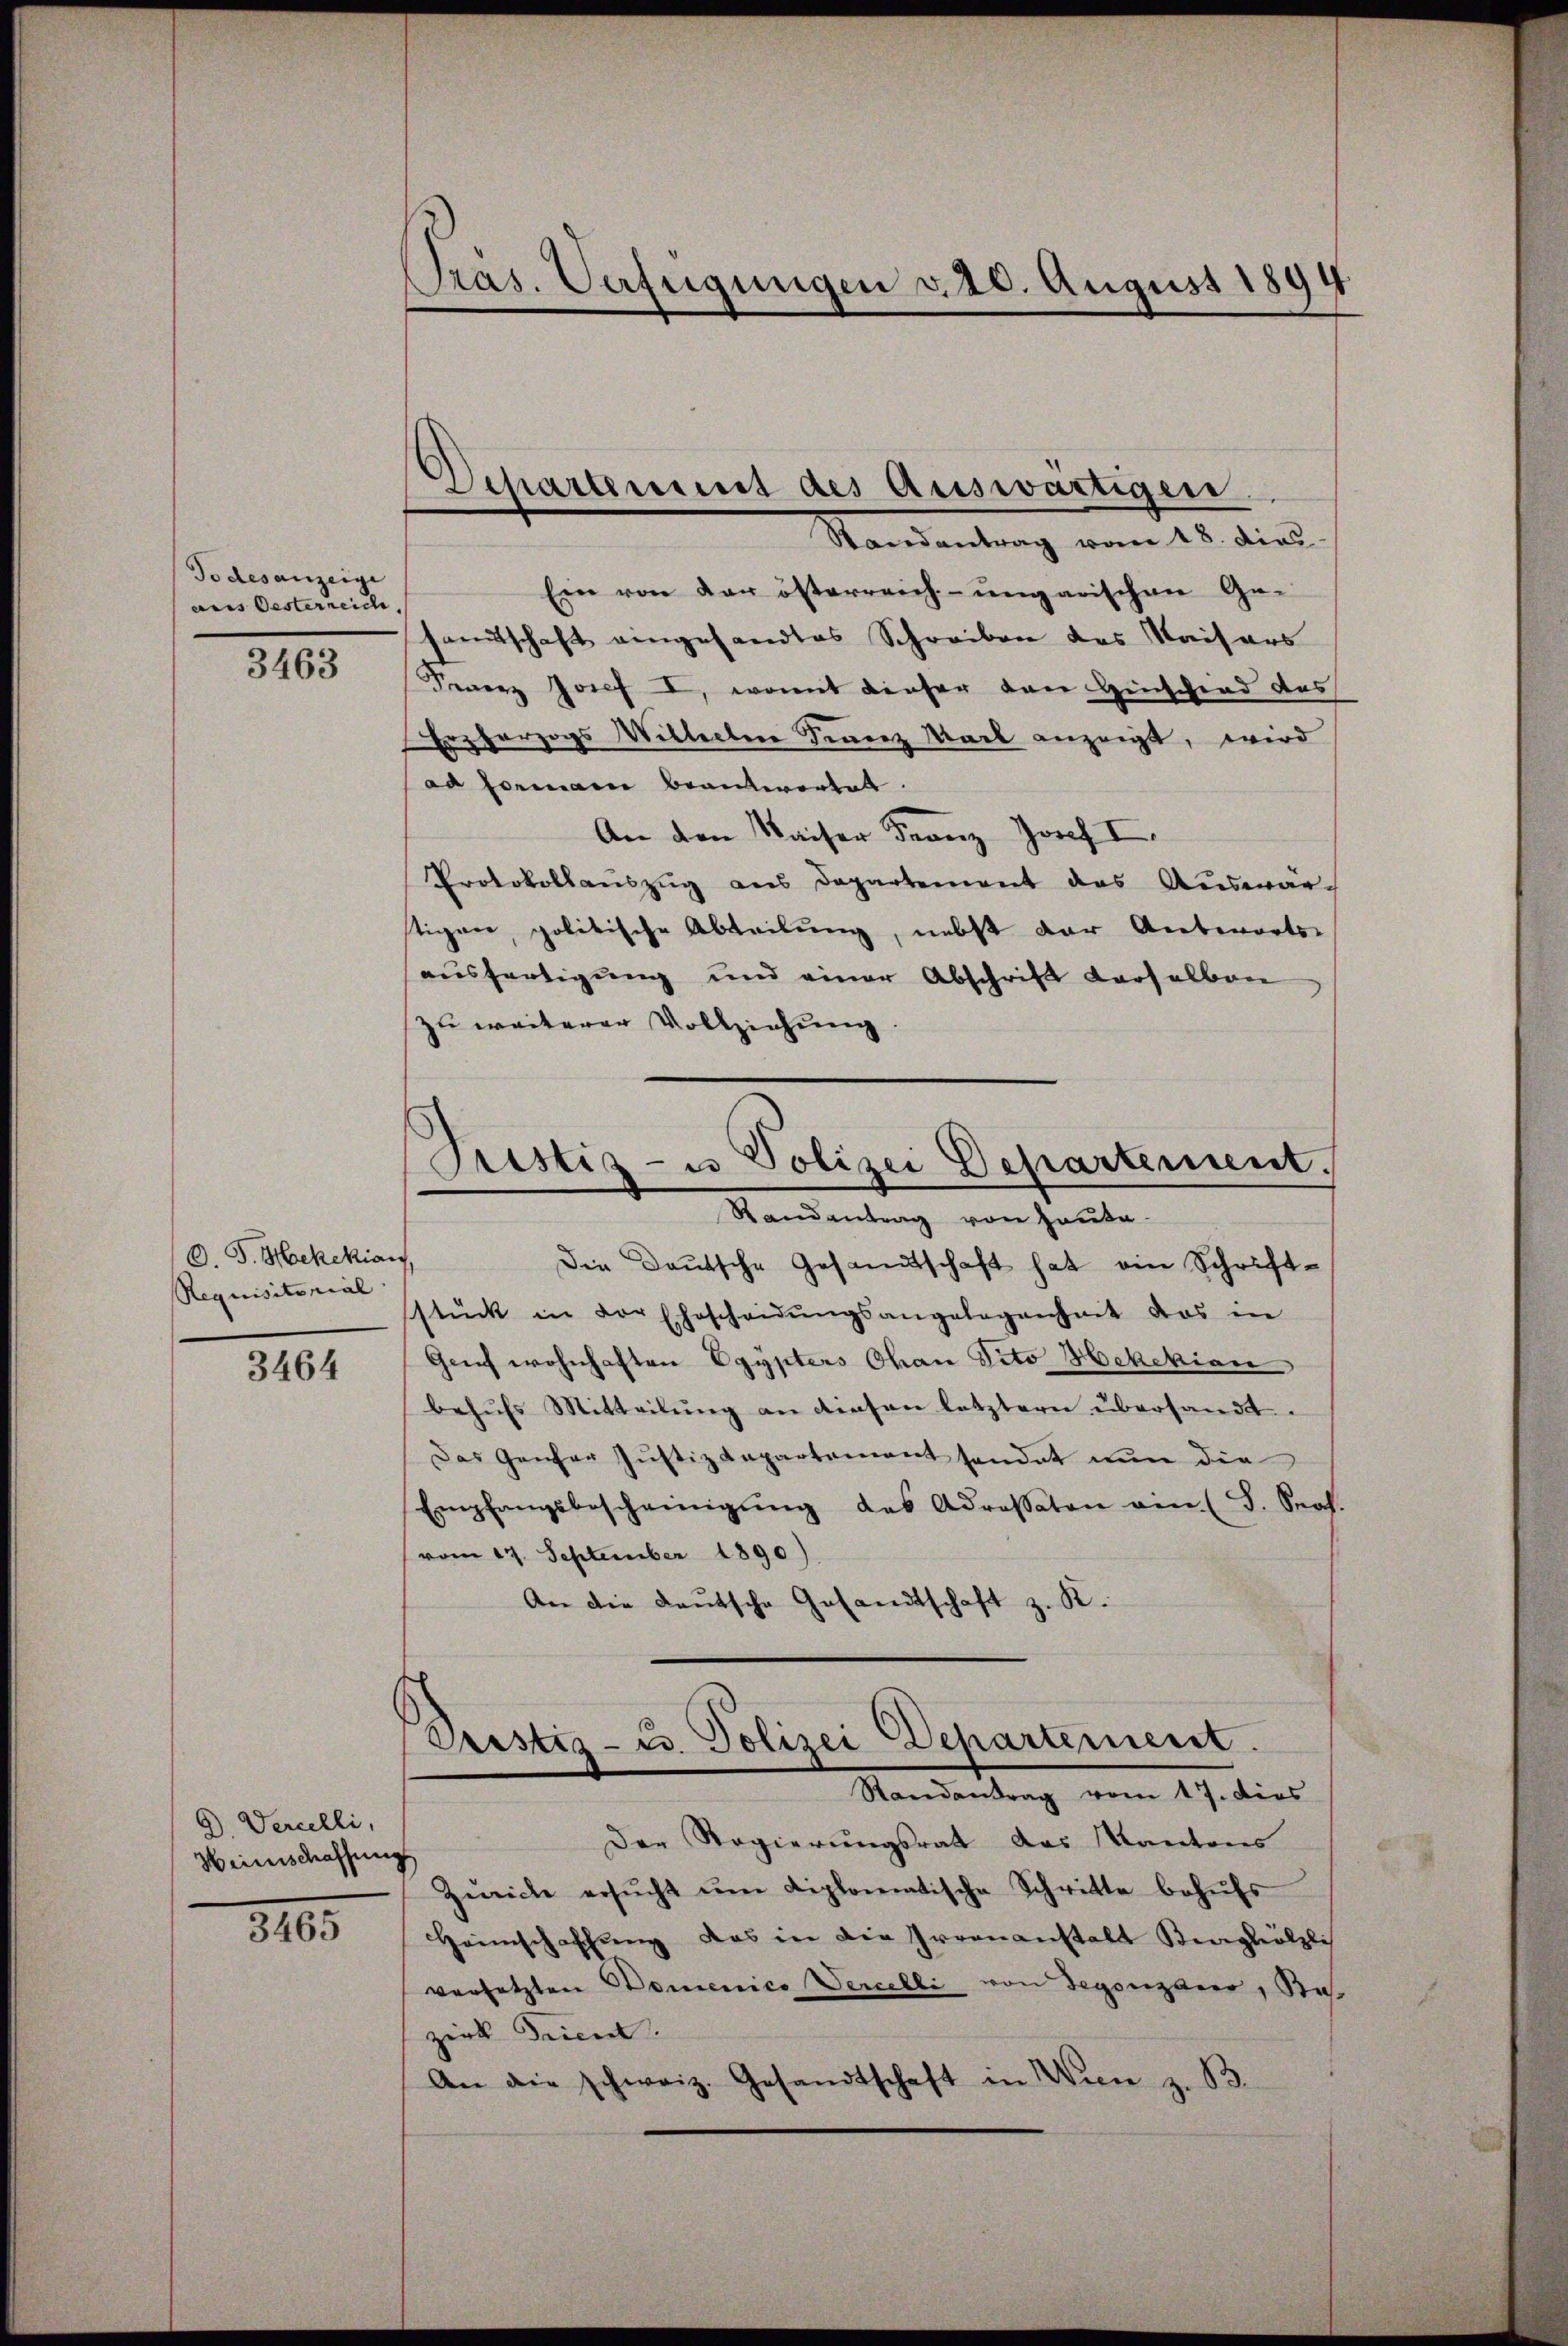
Todesanzeige
aus Oesterreich
3463

O. J. Haekekian
Requisitorial

3464

D.Vercelli,
Hirnschaffung

3465

Präs. Verfügungen v. 20. August 1894

Ein von der österreich-ungarischen Ge-
samtschaft eingesandtes Schreiben des Kaisers
Serenz Josef I, womit dieser den Hinschend das
Erzherzogs Willerber Finanz Mark anzeigt, wird
ad Formann beantwortet.
An den Kaiser Franz Josef I.
Protokollauszug aus Departement das Auswar-
tigen, politische Abteilung, nebst der Anbenorts-
ausfertigung und einer Abschrift derselben
zu weiterer Vollziehung

Departement des auswärtigen
Randantrag vom 18. dies

Prestiz- u Polizei Departement.
Randantrag von Haute.

Die Deutsche Gesandtschaft hat ein Schriftstück in der Ehescheidŭngsangelegenheit das in
Geif wohnhaften Egypters Okan Vito Hekekian
behŭfs Mitteilŭng an diesen letztern übersandt
Das Ganzer Justizdepartement sendet nun die
Empfangsbescheinigŭng des Adressaton ein (S. Sept.
(vom 17. September 1890.)
An die deutsche Gesandtschaft z. R.

Pristiz- u. Polizei Departement.
Randantrag vom 17. dies
Der Regierungsrath das Kantons

Zürich ersŭcht ŭm diplomatische Schritte behŭfs
Heimschaffŭng das in die Irrenanstalt Berghölzli
versetzten Domenico Vercelli von Gegenzano, Bas
zirk Seicen.
An die schweiz. Gesandtschaft in Wien z. B.